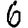
Digit: 6